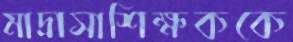
মাদ্রাসাশিক্ষককে